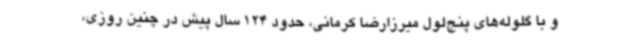
و با گلوله‌های پنج‌لول میرزارضا کرمانی، حدود 124 سال پیش در چنین روزی،